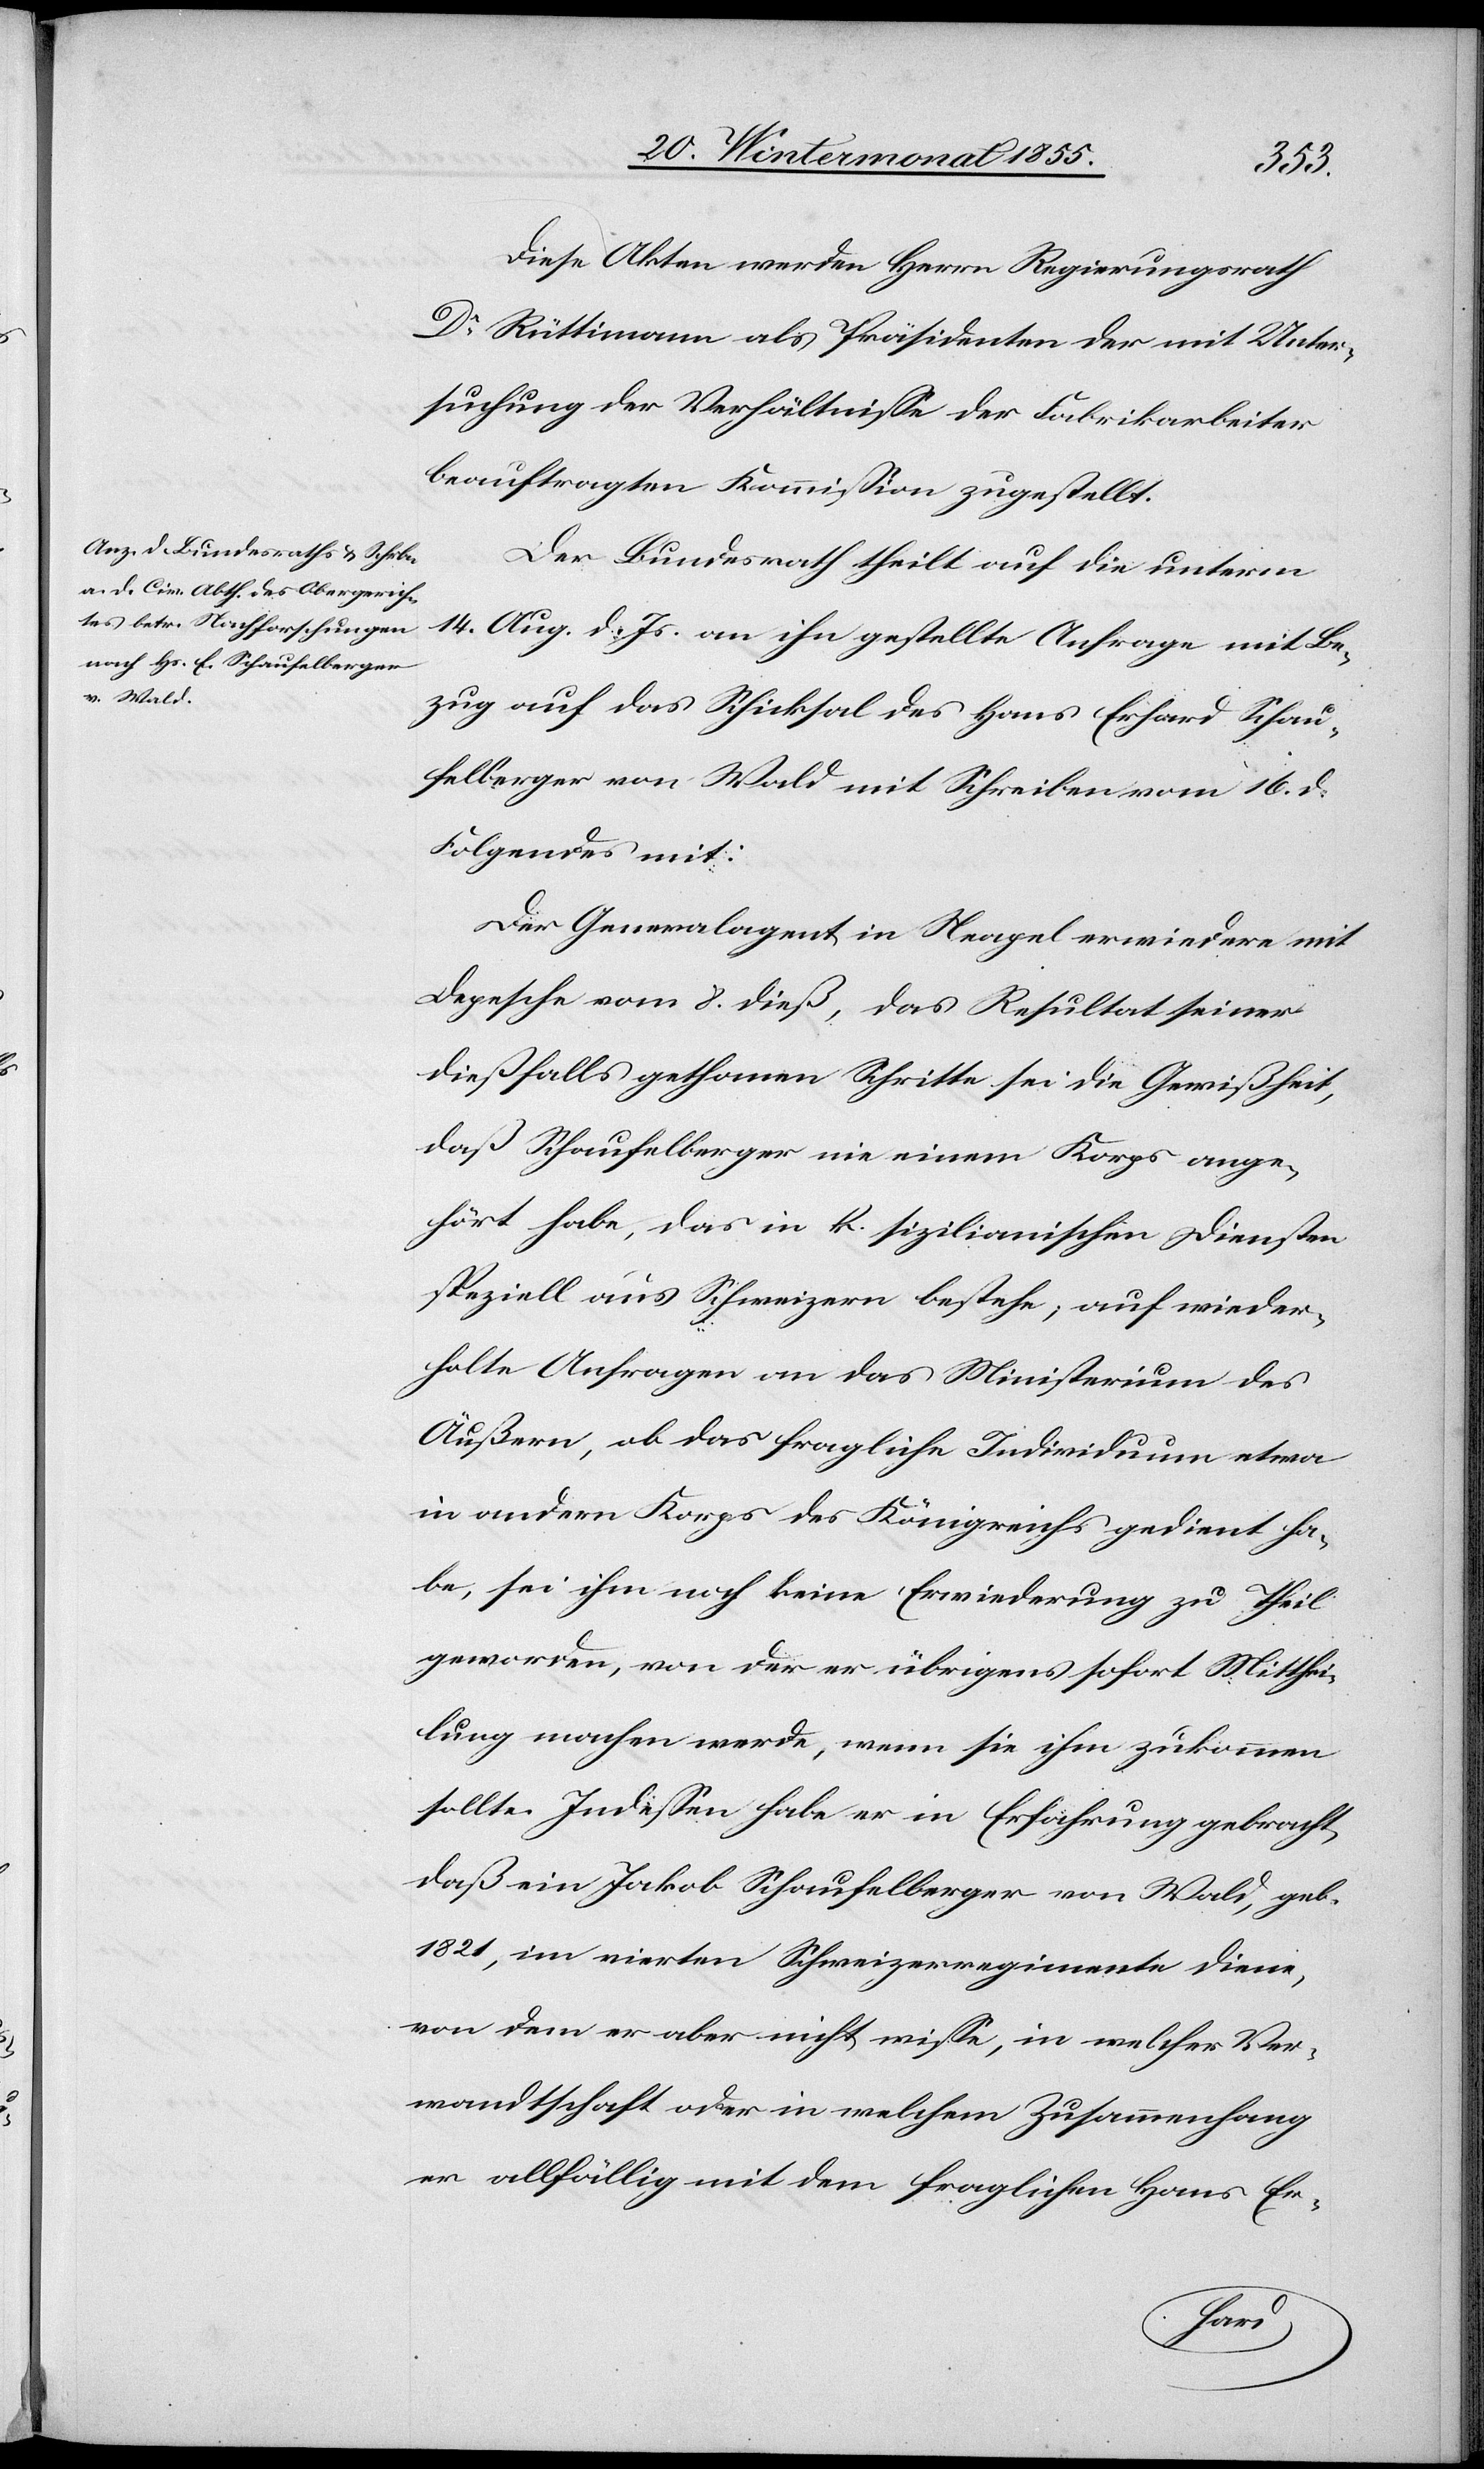
Diese Akten werden Herrn Regierungsrath
Dr Rüttimann als Präsidenten der mit Unter¬
suchung der Verhältnisse der Fabrikarbeiter
beauftragten Kommission zugestellt.
Der Bundesrath theilt auf die unterm
14. Aug. d. Js. an ihn gestellte Anfrage mit Be¬
zug auf das Schicksal des Hans Erhard Schau¬
felberger von Wald mit Schreiben vom 16. d.
Folgendes mit:
Der Generalagent in Neapel erwiedere mit
Depesche vom 8. dieß, das Resultat seiner
dießfalls gethanen Schritte sei die Gewißheit,
daß Schaufelberger nie einem Korps ange¬
hört habe, das in k. sizilianischen Diensten
speziell aus Schweizern bestehe; auf wieder¬
holte Anfragen an das Ministerium des
Äußern, ob das fragliche Individuum etwa
in andern Korps des Königreichs gedient ha¬
be, sei ihm noch keine Erwiederung zu Theil
geworden, von der er übrigens sofort Mitthei¬
lung machen werde, wenn sie ihm zukommen
sollte. Indessen habe er in Erfahrung gebracht,
daß ein Jakob Schaufelberger von Wald, geb.
1821, im vierten Schweizerregimente diene,
von dem er aber nicht wisse, in welcher Ver¬
wandtschaft oder in welchem Zusammenhang
er allfällig mit dem fraglichen Hans Er-